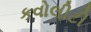
કવોલીટી